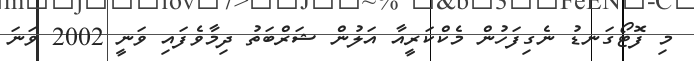
މި ފޮޓޯގަނޑު ނެގިފަހުން މެކްކަރީއާ އަލުން ޝަރްބަތު ދިމާވެފައި ވަނީ 2002 ވަނަ